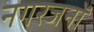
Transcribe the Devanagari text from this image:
नगरजनों